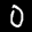
Label: 0